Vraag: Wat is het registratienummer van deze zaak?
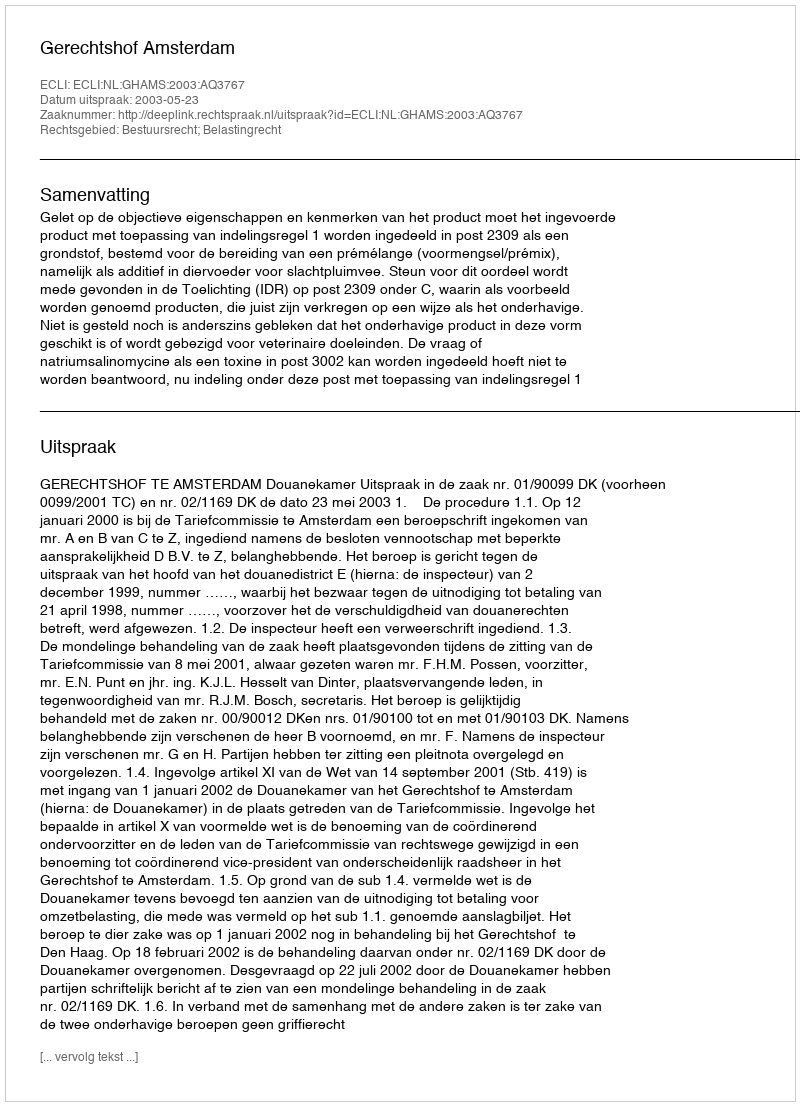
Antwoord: http://deeplink.rechtspraak.nl/uitspraak?id=ECLI:NL:GHAMS:2003:AQ3767